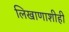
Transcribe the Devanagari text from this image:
लिखाणाशीही